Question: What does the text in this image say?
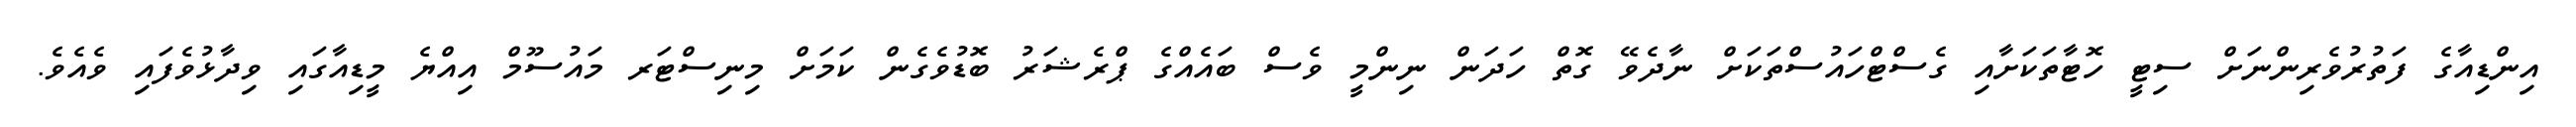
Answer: އިންޑިއާގެ ފަތުރުވެރިންނަށް ސިޓީ ހޮޓާތަކަށާއި ގެސްޓްހައުސްތަކަށް ނާދެވޭ ގޮތް ހަދަން ނިންމީ ވެސް ބައެއްގެ ޕްރެޝަރު ބޮޑުވެގެން ކަމަށް މިނިސްޓަރ މައުސޫމް އިއްޔެ މީޑިއާގައި ވިދާޅުވެފައި ވެއެވެ.